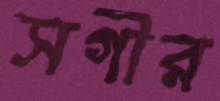
সগীর